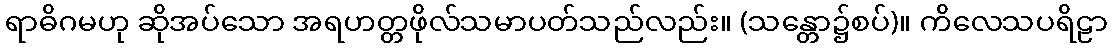
ရာဓိဂမဟု ဆိုအပ်သော အရဟတ္တဖိုလ်သမာပတ်သည်လည်း။ (သန္တော၌စပ်)။ ကိလေသပရိဠာ